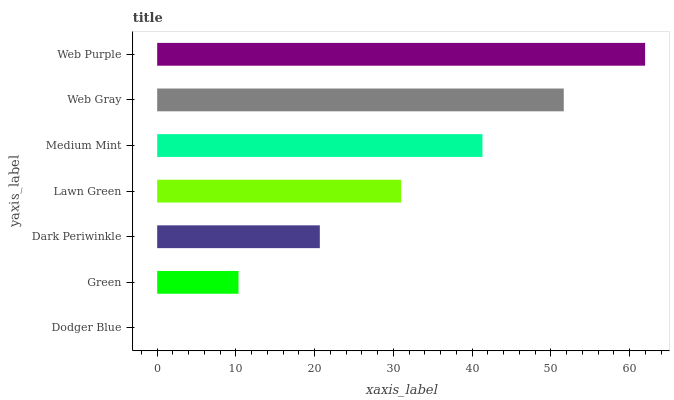
| yaxis_label | bars |
 | --- | --- |
 | Dodger Blue | 0 |
 | Green | 10.3 |
 | Dark Periwinkle | 20.7 |
 | Lawn Green | 31 |
 | Medium Mint | 41.3 |
 | Web Gray | 51.6 |
 | Web Purple | 62 |